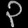
Digit: ၃